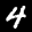
Label: 4